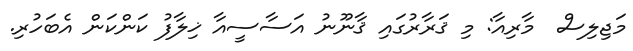
މަޖިލިސް  މާރިއާ: މި ޤަރާރުގައި ޤާނޫނު އަސާސީއާ ޚިލާފު ކަންކަން އެބަހުރި.